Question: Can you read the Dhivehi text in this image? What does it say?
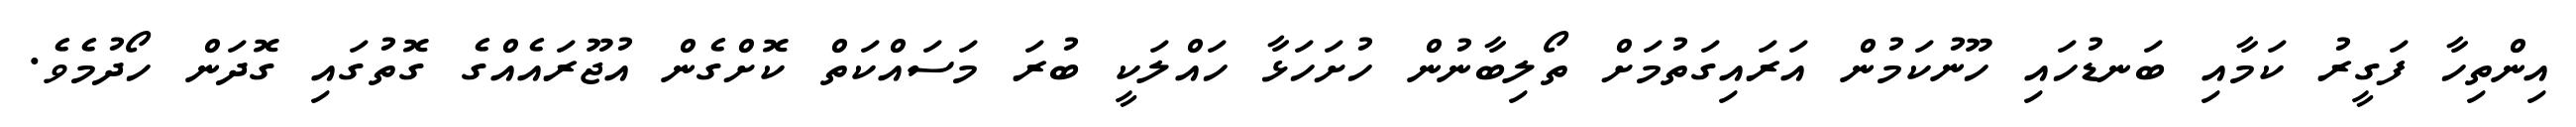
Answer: އިންތިހާ ފަގީރު ކަމާއި ބަނޑުހައި ހޫނުކަމުން އަރައިގަތުމަށް ތޯލިބާނުން ހުށަހަޅާ ހައްލަކީ ބުރަ މަސައްކަތް ކޮށްގެން އުޖޫރައެއްގެ ގޮތުގައި ގޮދަން ހޯދުމެވެ.